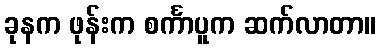
ခုနက ဖုန်းက စင်္ကာပူက ဆက်လာတာ။